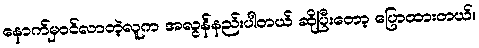
နောက်မှဝင်လာတဲ့လူက အလွန်နည်းပါတယ် ဆိုပြီးတော့ ပြောထားတယ်။